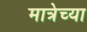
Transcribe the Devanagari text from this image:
मात्रेच्या